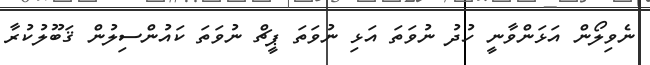
ނެވިލޯން އަޅަންވާނީ ހުދު ނުވަތަ އަޅި ނުވަތަ ޕީޗް ނުވަތަ ކައުންސިލުން ޤަބޫލުކުރާ